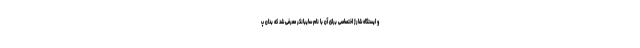
و ایستگاه شارژ اختصاصی برای آن با نام سایبانکر معرفی شد که بدان پ